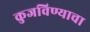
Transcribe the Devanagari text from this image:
कुजविण्याचा